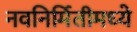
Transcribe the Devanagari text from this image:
नवनिर्मितीमध्‍ये